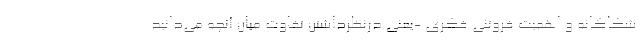
شکاکانه و اهمیت فروتنی فکری -یعنی درنظرداشتن تفاوت میان آنچه می‌دانید